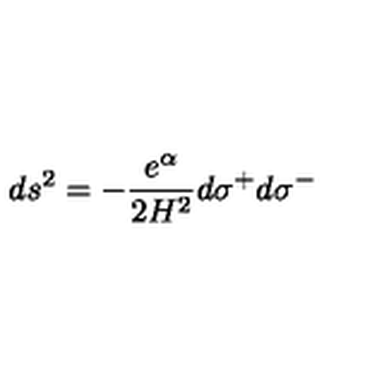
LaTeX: d s ^ { 2 } = - \frac { e ^ { \alpha } } { 2 H ^ { 2 } } d \sigma ^ { + } d \sigma ^ { - }